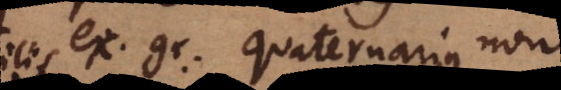
est, ex. gr. quaternarius non